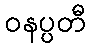
ဝနပ္ပတီ